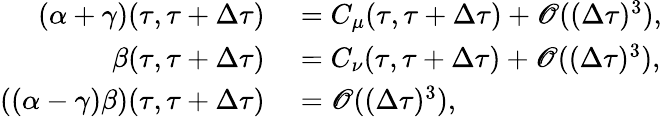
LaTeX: \begin{array}{rl}{\left(\alpha+\gamma\right)(\tau,\tau+\Delta\tau)}&{{}=C_{\mu}(\tau,\tau+\Delta\tau)+\mathscr{O}((\Delta\tau)^{3}),}\\ {\beta(\tau,\tau+\Delta\tau)}&{{}=C_{\nu}(\tau,\tau+\Delta\tau)+\mathscr{O}((\Delta\tau)^{3}),}\\ {\left((\alpha-\gamma)\beta\right)(\tau,\tau+\Delta\tau)}&{{}=\mathscr{O}((\Delta\tau)^{3}),}\end{array}